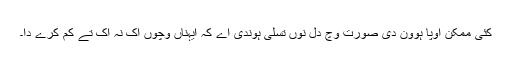
کئی ممکن اوپا ہوون دی صورت وچ دل نوں تسلی ہوندی اے کہ ایہناں وچوں اک نہ اک تے کم کرے دا۔